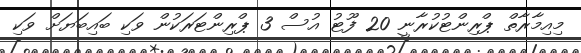
މިއިމާރާތް ޕްރިންޓުކުރާނީ 20 ފޫޓު އުސް 3 ޕްރިންޓަރަކުން ވަކި ބައިބަޔަށް ވަކި